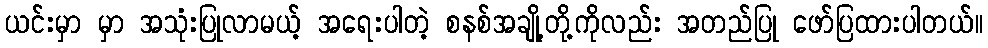
ယင်းမှာ မှာ အသုံးပြုလာမယ့် အရေးပါတဲ့ စနစ်အချို့တို့ကိုလည်း အတည်ပြု ဖော်ပြထားပါတယ်။